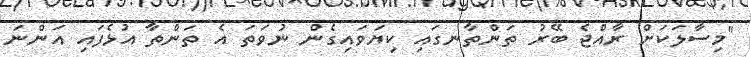
"މިސާލަކަށް ރާއްޖެ ބޭރު ތަންތާނގައި ކިޔަވައިގެން ނުވަތަ އެ ތަންތާ އުޅެފައި އަންނަ